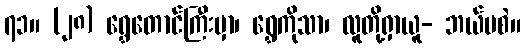
၇၁။ (၂၈) ရွှေတောင်ကြီးမှာ၊ ရွှေကိုသာ၊ လူတို့ရှာယူ- ဘယ်မစဲ။